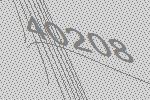
40208